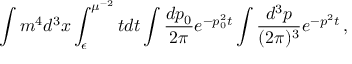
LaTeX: \int m ^ { 4 } d ^ { 3 } x \int _ { \epsilon } ^ { \mu ^ { - 2 } } t d t \int \frac { d p _ { 0 } } { 2 \pi } e ^ { - p _ { 0 } ^ { 2 } t } \int \frac { d ^ { 3 } p } { ( 2 \pi ) ^ { 3 } } e ^ { - p ^ { 2 } t } \, ,